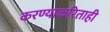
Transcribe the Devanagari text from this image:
करण्याकरिताही